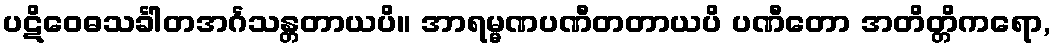
ပဋိဝေဓသင်္ခါတအင်္ဂသန္တတာယပိ။ အာရမ္မဏပဏီတတာယပိ ပဏီတော အတိတ္တိကရော,